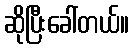
ဆိုပြီးခေါ်တယ်။